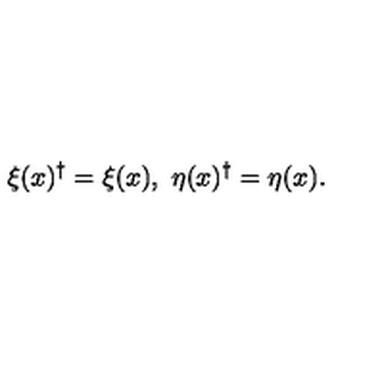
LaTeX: \xi ( x ) ^ { \dagger } = \xi ( x ) , \ \eta ( x ) ^ { \dagger } = \eta ( x ) .